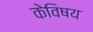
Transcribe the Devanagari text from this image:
केविषय